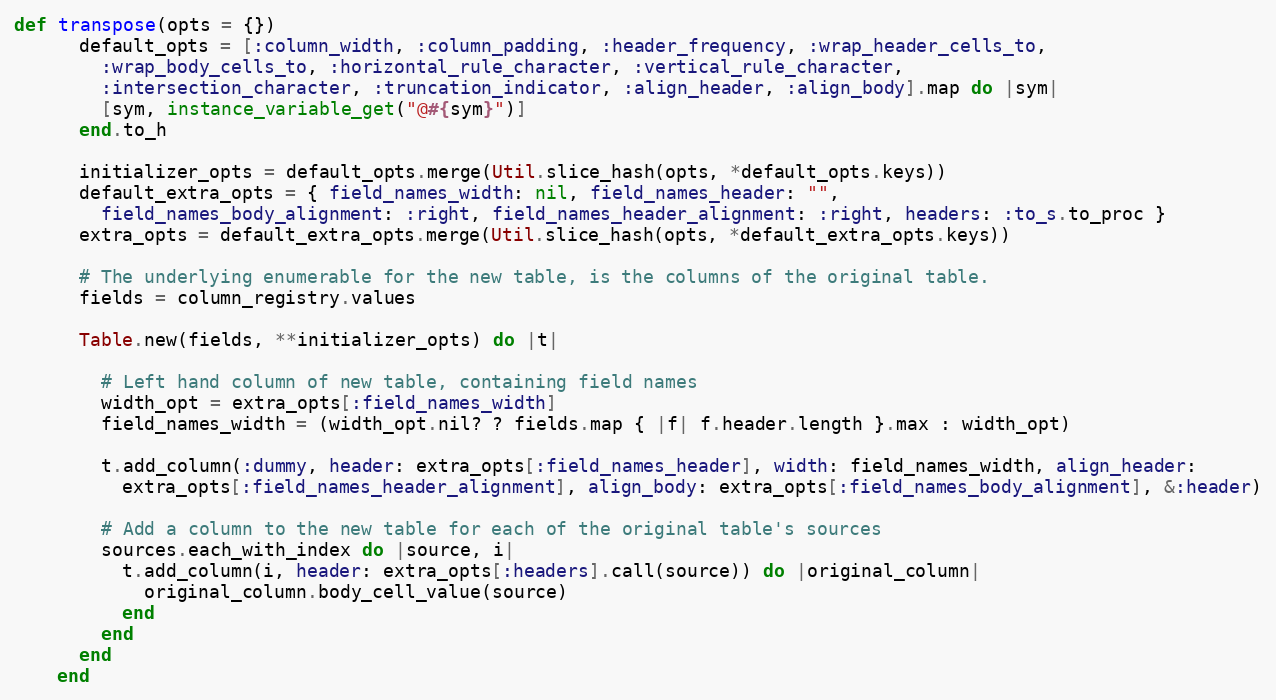
Language: Ruby
def transpose(opts = {})
      default_opts = [:column_width, :column_padding, :header_frequency, :wrap_header_cells_to,
        :wrap_body_cells_to, :horizontal_rule_character, :vertical_rule_character,
        :intersection_character, :truncation_indicator, :align_header, :align_body].map do |sym|
        [sym, instance_variable_get("@#{sym}")]
      end.to_h

      initializer_opts = default_opts.merge(Util.slice_hash(opts, *default_opts.keys))
      default_extra_opts = { field_names_width: nil, field_names_header: "",
        field_names_body_alignment: :right, field_names_header_alignment: :right, headers: :to_s.to_proc }
      extra_opts = default_extra_opts.merge(Util.slice_hash(opts, *default_extra_opts.keys))

      # The underlying enumerable for the new table, is the columns of the original table.
      fields = column_registry.values

      Table.new(fields, **initializer_opts) do |t|

        # Left hand column of new table, containing field names
        width_opt = extra_opts[:field_names_width]
        field_names_width = (width_opt.nil? ? fields.map { |f| f.header.length }.max : width_opt)

        t.add_column(:dummy, header: extra_opts[:field_names_header], width: field_names_width, align_header:
          extra_opts[:field_names_header_alignment], align_body: extra_opts[:field_names_body_alignment], &:header)

        # Add a column to the new table for each of the original table's sources
        sources.each_with_index do |source, i|
          t.add_column(i, header: extra_opts[:headers].call(source)) do |original_column|
            original_column.body_cell_value(source)
          end
        end
      end
    end